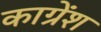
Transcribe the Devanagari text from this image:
काग्रेंश